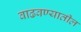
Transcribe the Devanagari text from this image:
वाढवण्यातील